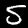
Label: 5